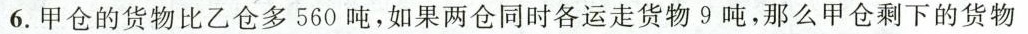
6.甲仓的货物比乙仓多560吨，如果两仓同时各运走货物9吨，那么甲仓剩下的货物